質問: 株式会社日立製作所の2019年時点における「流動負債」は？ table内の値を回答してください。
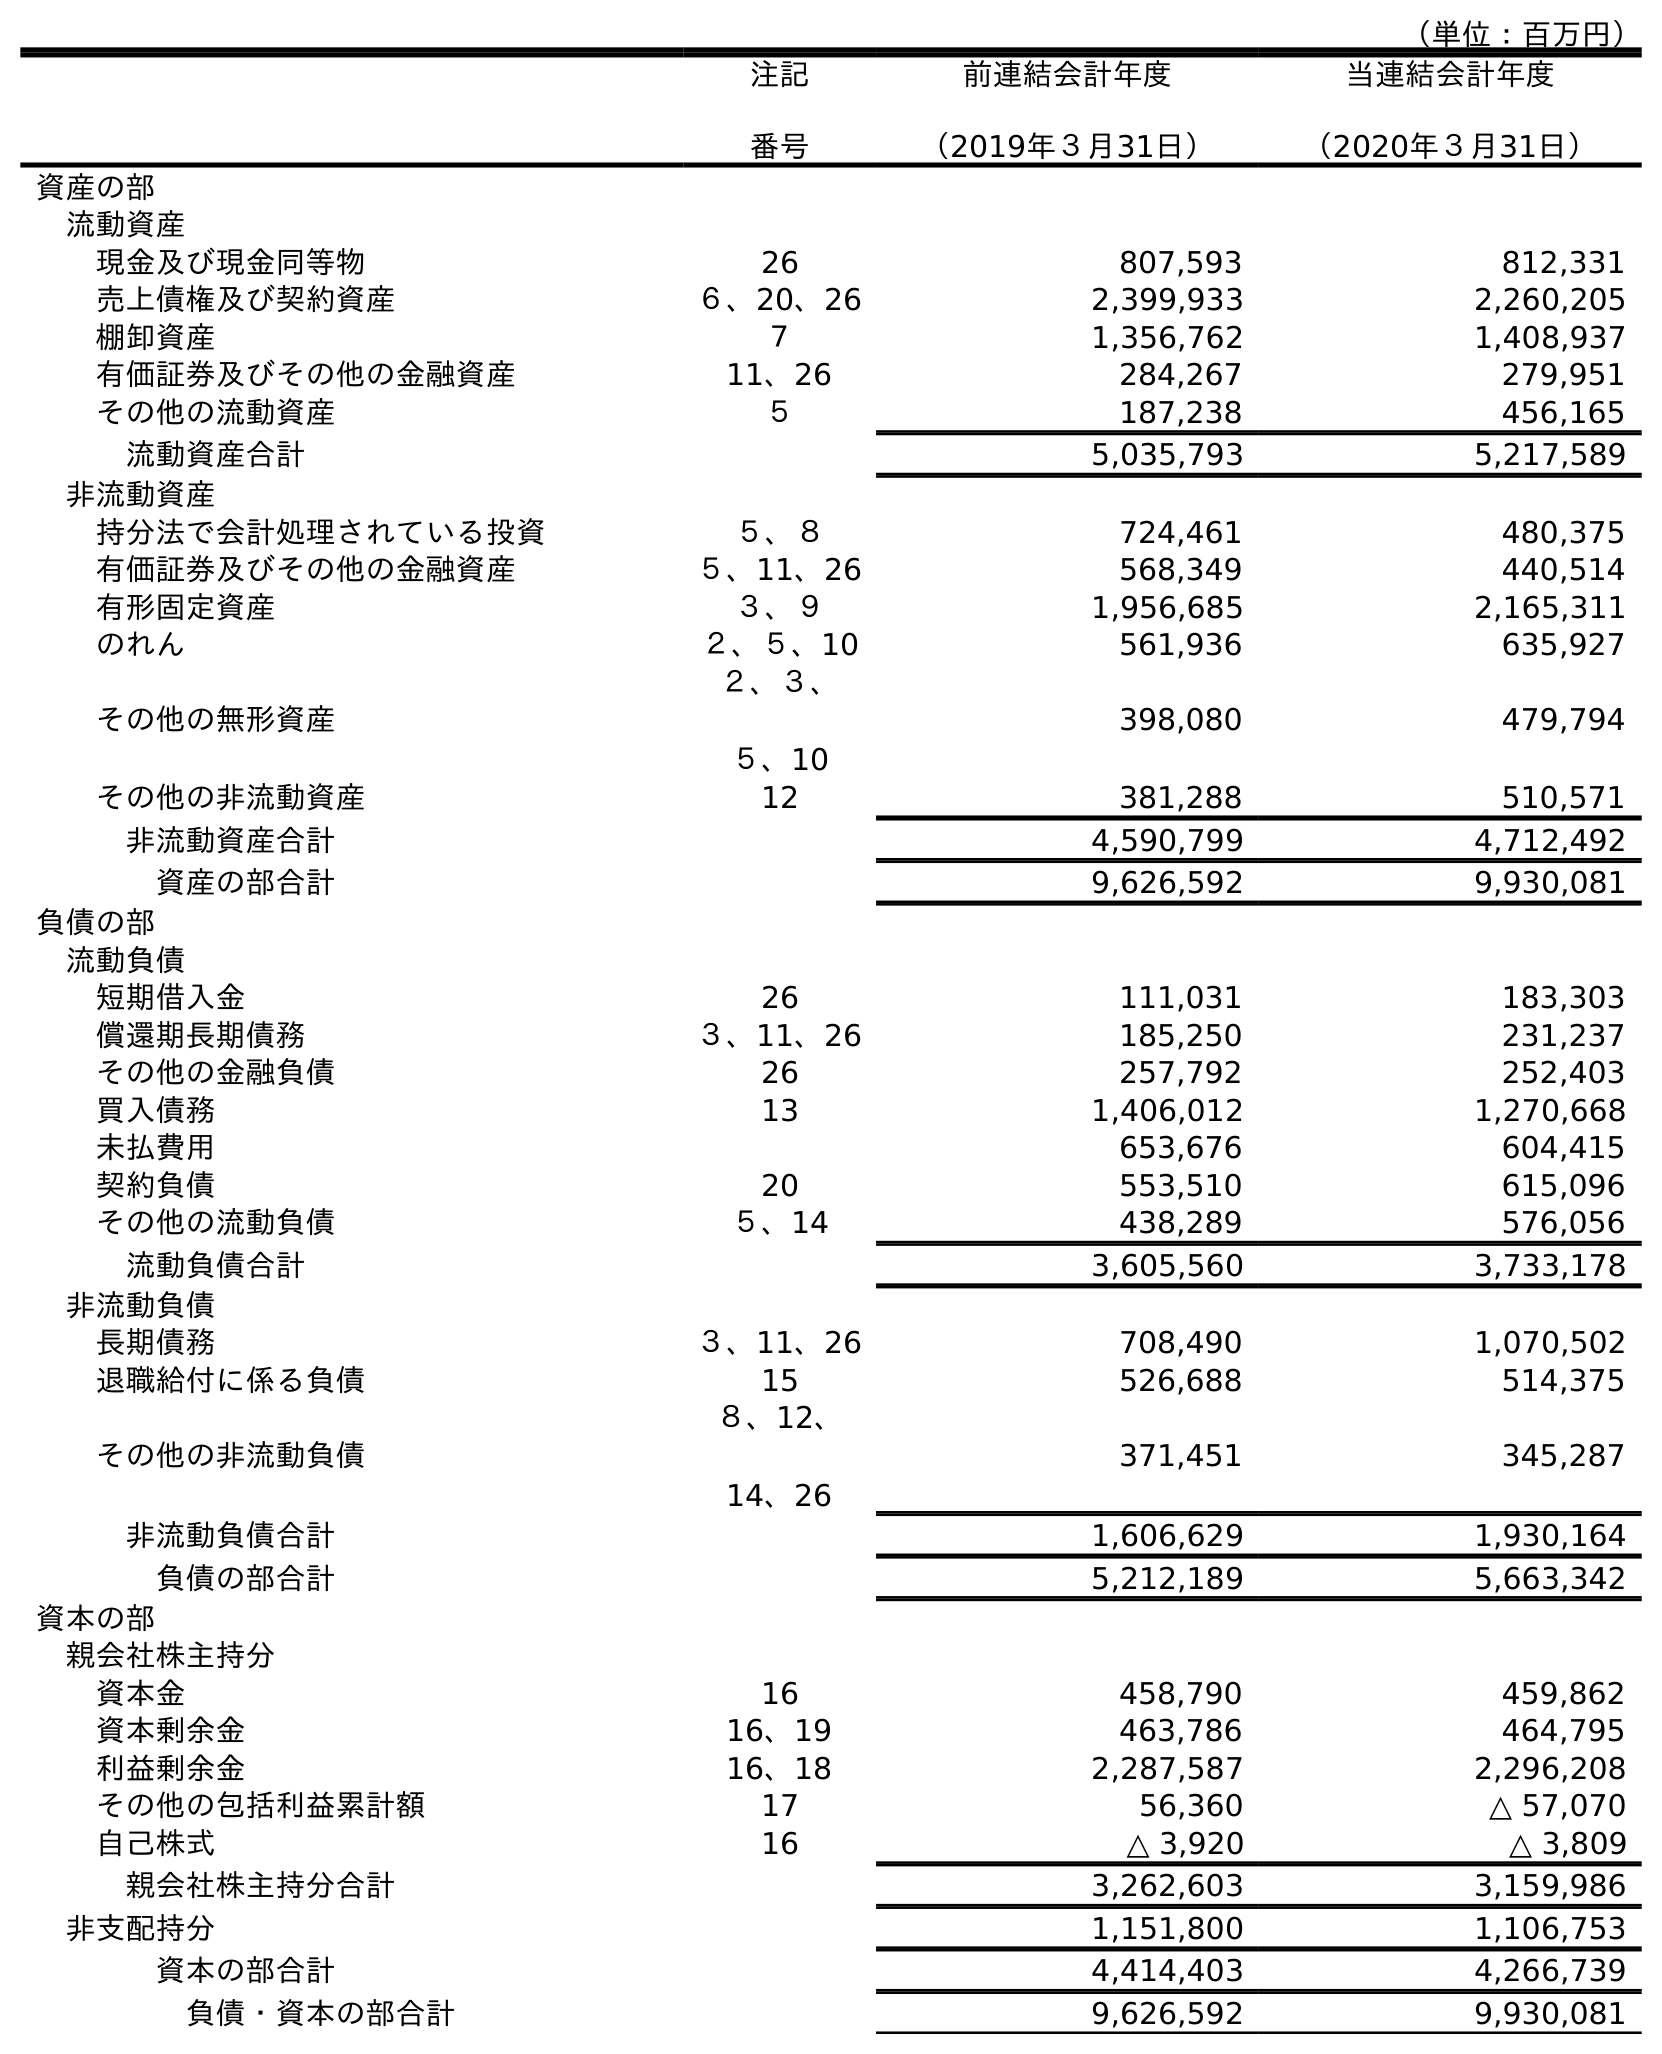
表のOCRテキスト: （単位：百万円） 注記 番号 前連結会計年度 （2019年３月31日） 当連結会計年度 （2020年３月31日） 資産の部 流動資産 現金及び現金同等物 26 807,593 812,331 売上債権及び契約資産 ６、20、26 2,399,933 2,260,205 棚卸資産 ７ 1,356,762 1,408,937 有価証券及びその他の金融資産 11、26 284,267 279,951 その他の流動資産 ５ 187,238 456,165 流動資産合計 5,035,793 5,217,589 非流動資産 持分法で会計処理されている投資 ５、８ 724,461 480,375 有価証券及びその他の金融資産 ５、11、26 568,349 440,514 有形固定資産 ３、９ 1,956,685 2,165,311 のれん ２、５、10 561,936 635,927 その他の無形資産 ２、３、 ５、10 398,080 479,794 その他の非流動資産 12 381,288 510,571 非流動資産合計 4,590,799 4,712,492 資産の部合計 9,626,592 9,930,081 負債の部 流動負債 短期借入金 26 111,031 183,303 償還期長期債務 ３、11、26 185,250 231,237 その他の金融負債 26 257,792 252,403 買入債務 13 1,406,012 1,270,668 未払費用 653,676 604,415 契約負債 20 553,510 615,096 その他の流動負債 ５、14 438,289 576,056 流動負債合計 3,605,560 3,733,178 非流動負債 長期債務 ３、11、26 708,490 1,070,502 退職給付に係る負債 15 526,688 514,375 その他の非流動負債 ８、12、 14、26 371,451 345,287 非流動負債合計 1,606,629 1,930,164 負債の部合計 5,212,189 5,663,342 資本の部 親会社株主持分 資本金 16 458,790 459,862 資本剰余金 16、19 463,786 464,795 利益剰余金 16、18 2,287,587 2,296,208 その他の包括利益累計額 17 56,360 △ 57,070 自己株式 16 △ 3,920 △ 3,809 親会社株主持分合計 3,262,603 3,159,986 非支配持分 1,151,800 1,106,753 資本の部合計 4,414,403 4,266,739 負債・資本の部合計 9,626,592 9,930,081
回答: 3,605,560